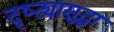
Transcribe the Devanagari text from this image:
दृष्ट्यासुद्धा